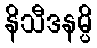
နိသီဒနမ္ပိ